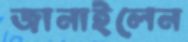
জানাইলেন